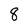
Character: 8